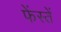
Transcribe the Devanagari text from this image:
फेंस्तें